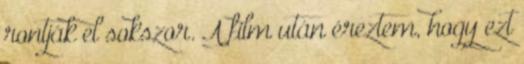
rontják el sokszor. A film után éreztem, hogy ezt